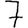
Digit: 7